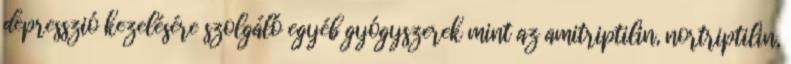
depresszió kezelésére szolgáló egyéb gyógyszerek mint az amitriptilin, nortriptilin,